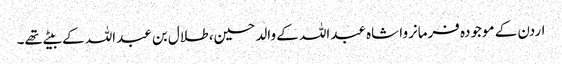
اردن کے موجودہ فرمانروا شاہ عبداللہ کے والد حسین، طلال بن عبداللہ کے بیٹے تھے۔